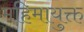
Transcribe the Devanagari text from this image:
महिमायुक्त